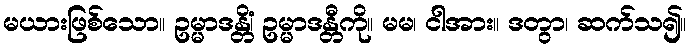
မယားဖြစ်သော။ ဥမ္မာဒန္တိံ၊ ဥမ္မာဒန္တီကို။ မမ၊ ငါအား။ ဒတွာ၊ ဆက်သ၍။